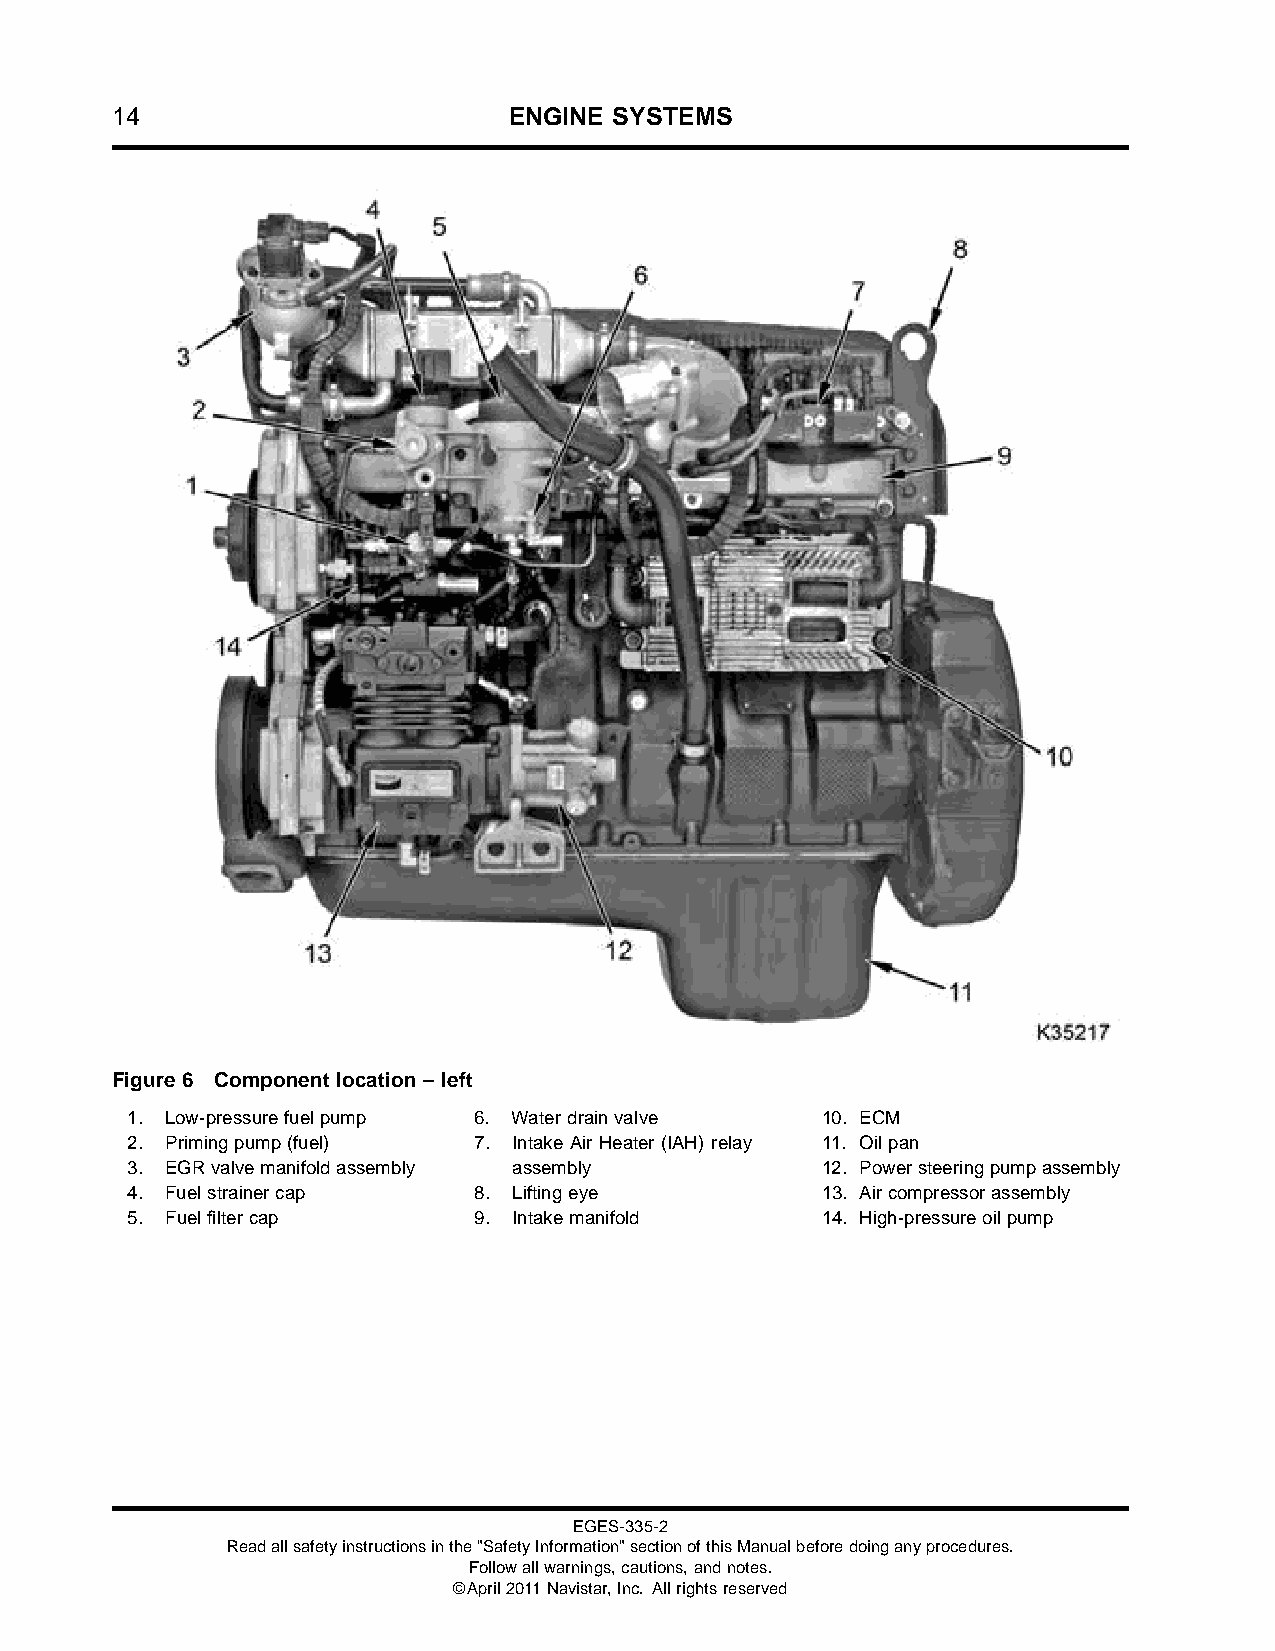
14                         ENGINE SYSTEMS
 Figure 6 Component location – left
 1. Low-pressurefuelpump 6. Waterdrainvalve    10. ECM
 2. Primingpump(fuel)   7. Intake Air Heater (IAH) relay 11. Oilpan
 3. EGRvalvemanifoldassembly assembly          12. Powersteeringpumpassembly
 4. Fuelstrainercap     8. Liftingeye          13. Aircompressorassembly
 5. Fuelfiltercap       9. Intakemanifold      14. High-pressureoilpump
 EGES-335-2
 Readallsafetyinstructionsinthe"SafetyInformation"sectionofthisManualbeforedoinganyprocedures.
 Followallwarnings,cautions,andnotes.
 ©April2011Navistar,Inc. Allrightsreserved